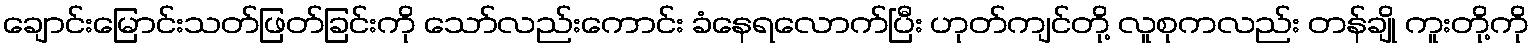
ချောင်းမြောင်းသတ်ဖြတ်ခြင်းကို သော်လည်းကောင်း ခံနေရလောက်ပြီး ဟုတ်ကျင်တို့ လူစုကလည်း တန်ချို ကူးတို့ကို